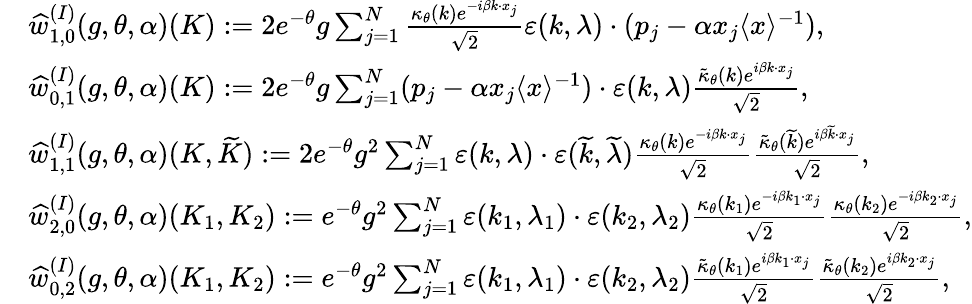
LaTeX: \begin{array}{rl}&{\widehat{w}_{1,0}^{(I)}(g,\theta,\alpha)(K):=2e^{-\theta}g\sum_{j=1}^{N}\frac{\kappa_{\theta}(k)e^{-i\beta k\cdot x_{j}}}{\sqrt{2}}\varepsilon(k,\lambda)\cdot(p_{j}-\alpha x_{j}\langle x\rangle^{-1}),}\\ &{\widehat{w}_{0,1}^{(I)}(g,\theta,\alpha)(K):=2e^{-\theta}g\sum_{j=1}^{N}(p_{j}-\alpha x_{j}\langle x\rangle^{-1})\cdot\varepsilon(k,\lambda)\frac{\tilde{\kappa}_{\theta}(k)e^{i\beta k\cdot x_{j}}}{\sqrt{2}},}\\ &{\widehat{w}_{1,1}^{(I)}(g,\theta,\alpha)(K,\widetilde{K}):=2e^{-\theta}g^{2}\sum_{j=1}^{N}\varepsilon(k,\lambda)\cdot\varepsilon(\widetilde{k},\widetilde{\lambda})\frac{\kappa_{\theta}(k)e^{-i\beta k\cdot x_{j}}}{\sqrt{2}}\frac{\tilde{\kappa}_{\theta}(\widetilde{k})e^{i\beta\widetilde{k}\cdot x_{j}}}{\sqrt{2}},}\\ &{\widehat{w}_{2,0}^{(I)}(g,\theta,\alpha)(K_{1},K_{2}):=e^{-\theta}g^{2}\sum_{j=1}^{N}\varepsilon(k_{1},\lambda_{1})\cdot\varepsilon({k}_{2},{\lambda}_{2})\frac{\kappa_{\theta}(k_{1})e^{-i\beta k_{1}\cdot x_{j}}}{\sqrt{2}}\frac{\kappa_{\theta}(k_{2})e^{-i\beta k_{2}\cdot x_{j}}}{\sqrt{2}},}\\ &{\widehat{w}_{0,2}^{(I)}(g,\theta,\alpha)(K_{1},K_{2}):=e^{-\theta}g^{2}\sum_{j=1}^{N}\varepsilon(k_{1},\lambda_{1})\cdot\varepsilon({k}_{2},{\lambda}_{2})\frac{\tilde{\kappa}_{\theta}(k_{1})e^{i\beta k_{1}\cdot x_{j}}}{\sqrt{2}}\frac{\tilde{\kappa}_{\theta}(k_{2})e^{i\beta k_{2}\cdot x_{j}}}{\sqrt{2}},}\end{array}